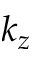
k _ { z }